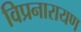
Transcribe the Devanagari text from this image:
विप्रनारायण